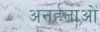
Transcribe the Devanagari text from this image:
अनर्हताओं